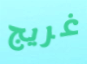
غريج